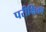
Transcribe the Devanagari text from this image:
परीक्षिका